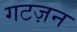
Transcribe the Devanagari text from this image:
गटज़न